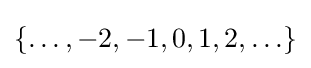
\{\ldots ,-2,-1,0,1,2,\ldots \}